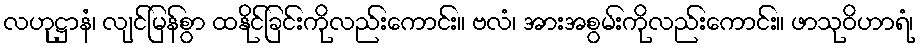
လဟုဋ္ဌာနံ၊ လျင်မြန်စွာ ထနိုင်ခြင်းကိုလည်းကောင်း။ ဗလံ၊ အားအစွမ်းကိုလည်းကောင်း။ ဖာသုဝိဟာရံ၊